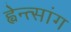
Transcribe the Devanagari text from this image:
ह्वेन्त्सांग